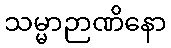
သမ္မာဉာဏိနော